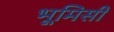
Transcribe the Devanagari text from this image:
भूमिसी